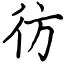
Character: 彷